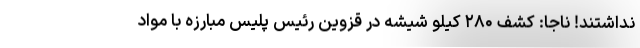
نداشتند! ناجا: کشف ۲۸۰ کیلو شیشه در قزوین رئیس پلیس مبارزه با مواد